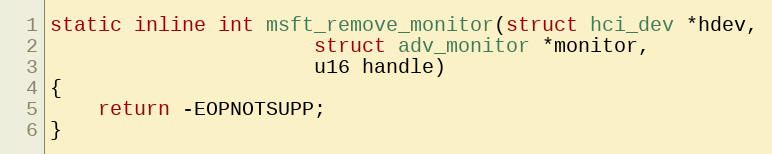
Language: C
static inline int msft_remove_monitor(struct hci_dev *hdev,
				      struct adv_monitor *monitor,
				      u16 handle)
{
	return -EOPNOTSUPP;
}